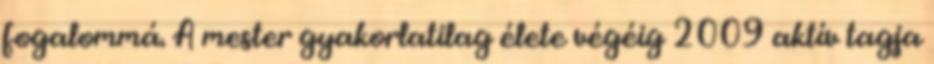
fogalommá. A mester gyakorlatilag élete végéig 2009 aktív tagja